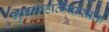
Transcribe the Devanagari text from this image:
गुणमाहात्म्यासक्ति